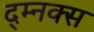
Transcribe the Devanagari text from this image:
द्म्नक्स